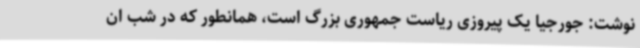
نوشت: جورجیا یک پیروزی ریاست جمهوری بزرگ است، همانطور که در شب ان